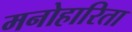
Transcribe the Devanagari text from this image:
मनोहारिता